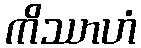
ကိဿာဟံ